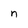
Character: n